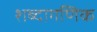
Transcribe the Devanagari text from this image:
शब्दागणिक